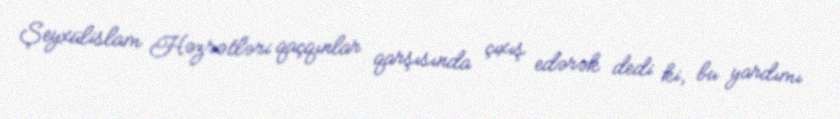
Şeyxülislam Həzrətləri qaçqınlar qarşısında çıxış edərək dedi ki, bu yardımı